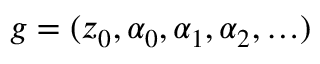
g = ( z _ { 0 } , \alpha _ { 0 } , \alpha _ { 1 } , \alpha _ { 2 } , \ldots )